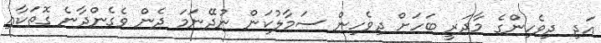
އަދި ދިވެހިންގެ މާދަރީ ބަހަށް ދިވެހިން ސަމާލުކަން ނުދޭނަމަ ދެން ވެގެންދާނެ ގޮތަކާއި